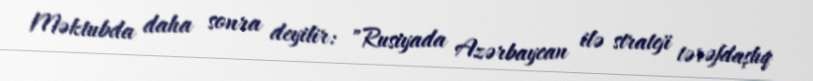
Məktubda daha sonra deyilir: "Rusiyada Azərbaycan ilə strateji tərəfdaşlıq